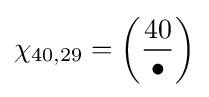
\chi _{40,29}=\left({\frac {40}{\bullet }}\right)